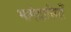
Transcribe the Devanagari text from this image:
भागेदारियाँ